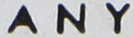
ANY